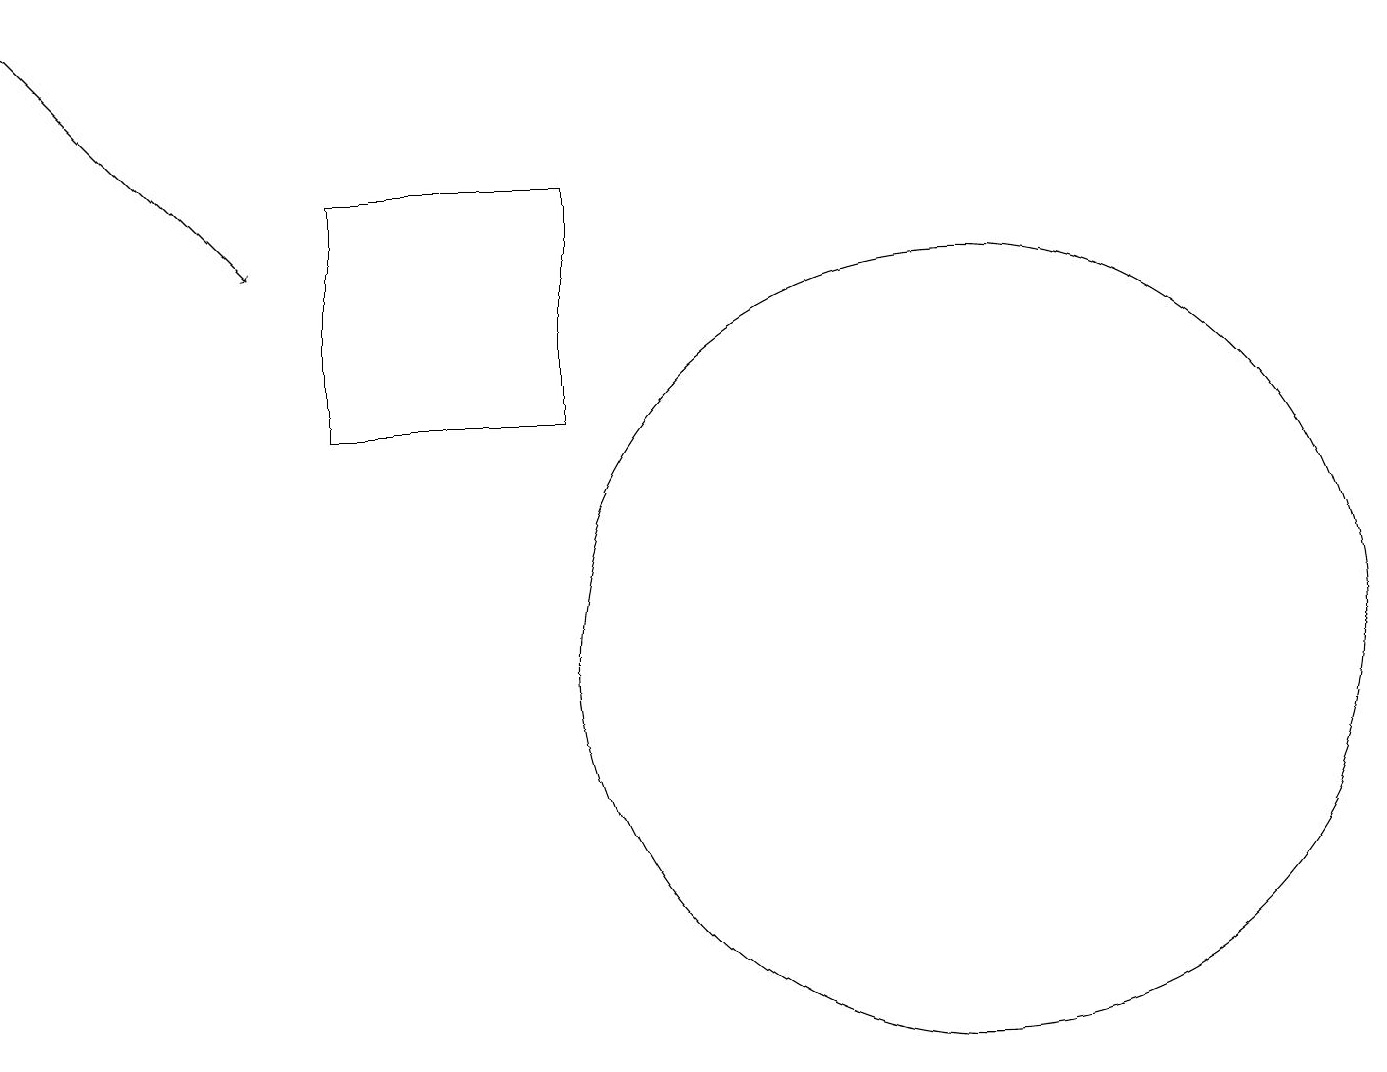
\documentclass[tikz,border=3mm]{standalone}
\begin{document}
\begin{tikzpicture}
\draw (12,11) circle (5);
\draw (4,14) rectangle (7,17);
\draw[->] (0,19) -- (3,16);
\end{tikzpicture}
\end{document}